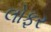
લોફર